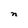
Character: n